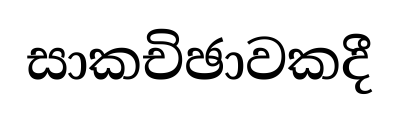
සාකචිඡාවකදී